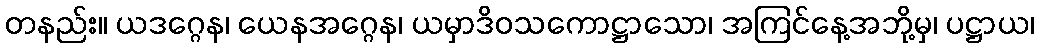
တနည်း။ ယဒဂ္ဂေန၊ ယေနအဂ္ဂေန၊ ယမှာဒိဝသကောဋ္ဌာသော၊ အကြင်နေ့အဘို့မှ၊ ပဋ္ဌာယ၊